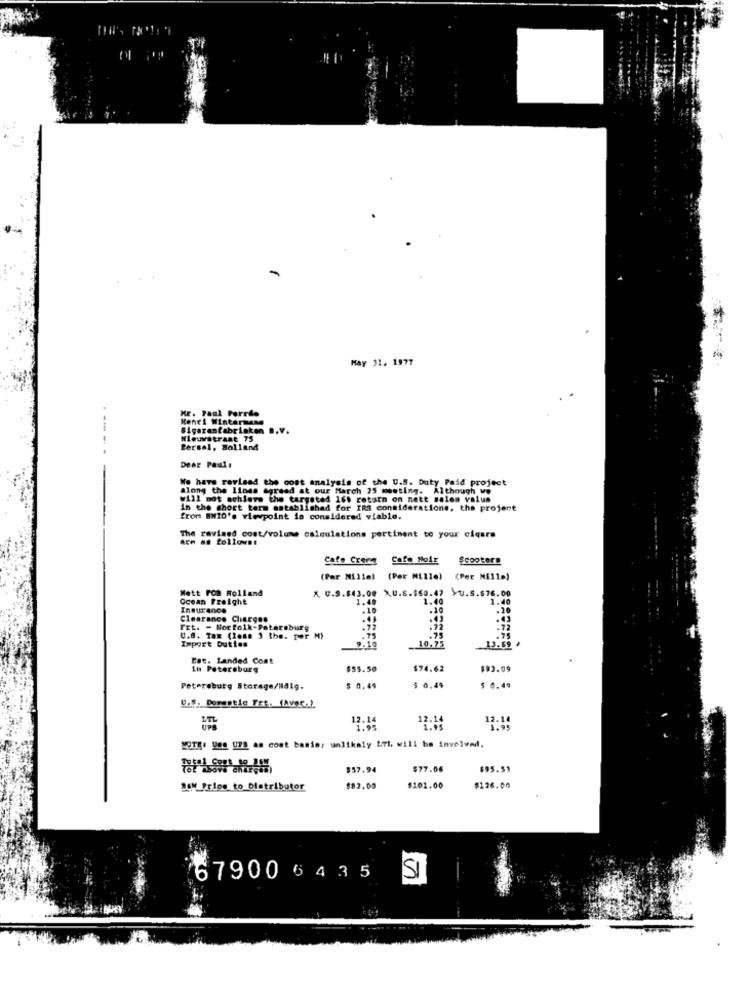
May 31. 1977
Mr. Paul Ferris
Menci Wintermane
Bigarantabriske B.V.
Nieuwstraat 75
---- -
Persel, Bolland
Dear Paul:
Wo have revised the cost analysis of the U.S. Duty Paid project
along the lines agreed at our March 25 meeting. Although we
will mot achieve the targeted 161 return on nett sales value
in the short term establishad for IRS considerations, the project
from BMIO's viewpoint is considered viable.
The revised cost/volume calculations pertinent to your ciqurs
Arm as follows:
Cafe Cremg
Cafe Mois
Scooters
(Par Nillel (Per Mille) (Per Mille)
Matt FOR Rolland
AU.S.843.00 XU.S.$60.47 YU.S.$76.00
Ocean Freight
1.40
1.40
1.40
Insurance
Clearance Charges
.43
Frt. - Norfolk-Petersbury
.75
-22
U.S. Tax (loss 3 the. per M)
Import Duties
9.10
.75
10.75
13.69
Est. Landed Cost
In Petersburg
$55.50
$74.62
$93.09
Petersburg Storage/Nalg.
$ 0.49
$ 0.49
$ 0.49
U.S. Dorastie Fre. fAvec.).
UTL
12.14
12.14
12.14
1.95
NOTE: yes (78 as cont basis, unlikely Url. will be involved,
$57.94
$77.06
$95.53
14% Price to Distributor
$82.00
$102.00
$126.00
67900 64 35
SI